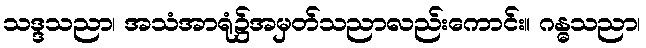
သဒ္ဒသညာ၊ အသံအာရုံ၌အမှတ်သညာလည်းကောင်း။ ဂန္ဓသညာ၊